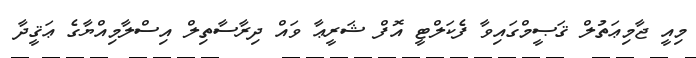
މިއީ ޖާމިޢަތުލް ޤަޞީމްގައިވާ ފެކަލްޓީ އޮފް ޝަރީޢާ ވައް ދިރާސާތިލް އިސްލާމިއްޔާގެ ޢަޤީދާ